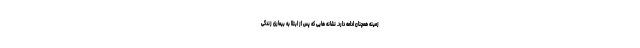
زمینه همچنان ادامه دارد. نشانه هایی که پس از ابتلا به بیماری زندگی